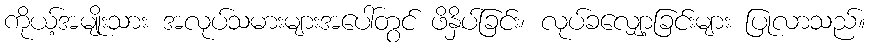
ကိုယ့်အမျိုးသား အလုပ်သမားများအပေါ်တွင် ဖိနှိပ်ခြင်း၊ လုပ်ခလျှော့ခြင်းများ ပြုလာသည်။